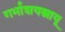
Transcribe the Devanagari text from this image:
गर्भाशयस्नायू